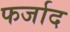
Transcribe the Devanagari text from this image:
फर्जाद